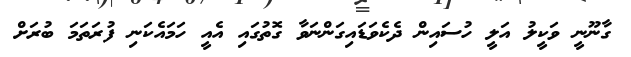
ގާނޫނީ ވަކީލު އަލީ ހުސައިން ދެކެވަޑައިގަންނަވާ ގޮތުގައި އެއީ ހަމައެކަނި ފުރަތަމަ ބުރަށް